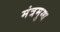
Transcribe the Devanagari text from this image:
मंत्रमुग्‍ध